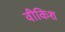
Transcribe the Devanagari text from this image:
वीकिश